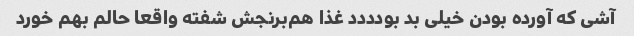
آشی که آورده بودن خیلی بد بودددد غذا هم‌برنجش شفته واقعا حالم بهم خورد